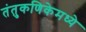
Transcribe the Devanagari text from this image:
तंतुकणिकेमध्ये